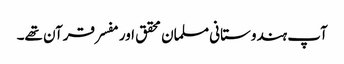
آپ ہندوستانی مسلمان محقق اور مفسر قرآن تھے۔